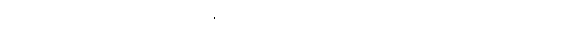
သင်္ခါရာ၊ အကြောင်း အတန်တန် ပြုစီမံ၍ ရုပ်နာမ်အသစ် ဖြစ်ဖြစ်သမျှ သင်္ခါရတို့သည်။